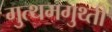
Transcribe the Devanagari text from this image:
गुत्थमगुथ्ती